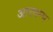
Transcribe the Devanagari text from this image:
आरमम्भ